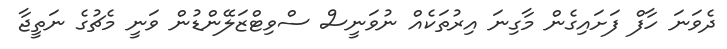
ދެވަނަ ހާފް ފަށައިގެން މާގިނަ އިރުތަކެއް ނުވަނީސް ސްވިޓްޒަލޭންޑުން ވަނީ މެޗުގެ ނަތީޖާ